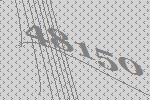
48150